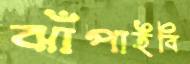
ঝাঁপাইবি